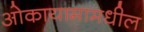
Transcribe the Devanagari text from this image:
ओकायामामधील